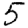
Digit: 5